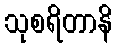
သုစရိတာနိ